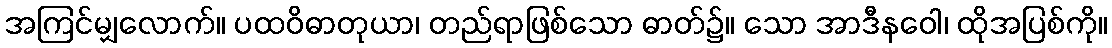
အကြင်မျှလောက်။ ပထဝိဓာတုယာ၊ တည်ရာဖြစ်သော ဓာတ်၌။ သော အာဒီနဝေါ၊ ထိုအပြစ်ကို။